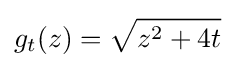
g_{t}(z)={\sqrt {z^{2}+4t}}